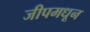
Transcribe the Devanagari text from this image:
जीपमधून